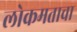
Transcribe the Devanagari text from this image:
लोकमताचा